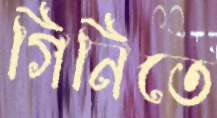
গিনিতে